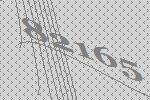
82165